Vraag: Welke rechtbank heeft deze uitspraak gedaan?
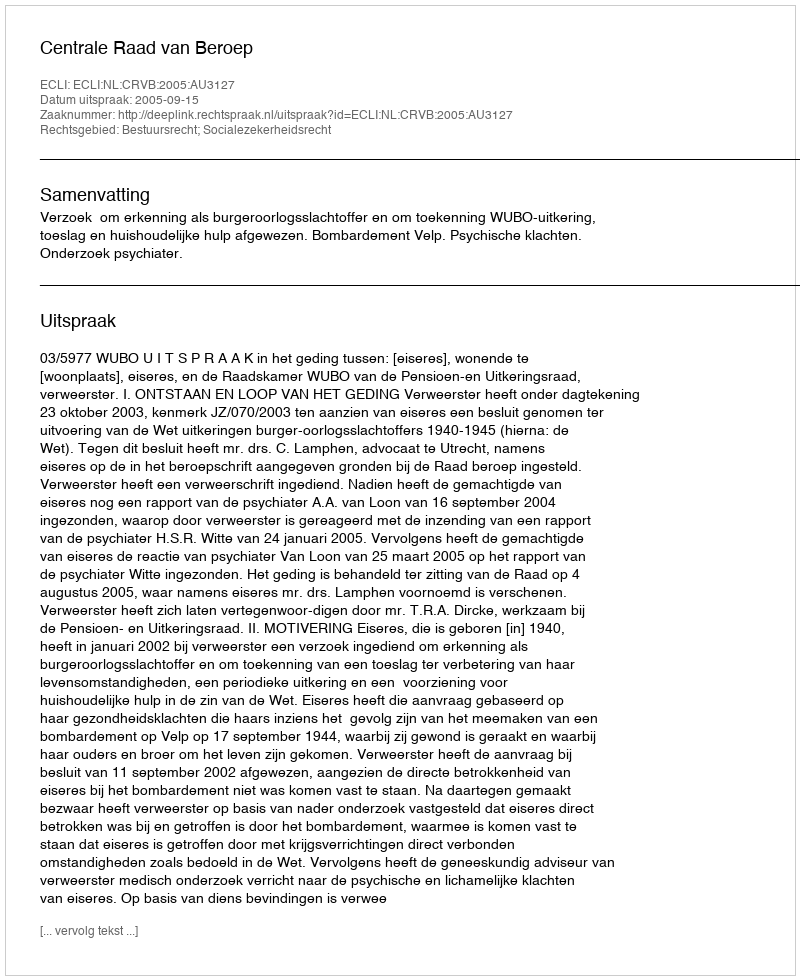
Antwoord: Centrale Raad van Beroep